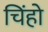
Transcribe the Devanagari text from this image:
चिंहो